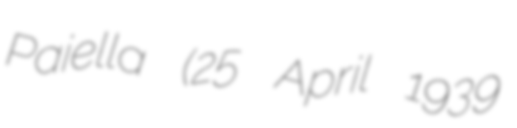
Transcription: Paiella (25 April 1939